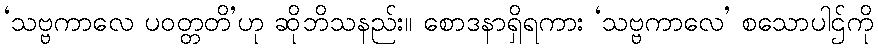
‘သဗ္ဗကာလေ ပဝတ္တတိ’ဟု ဆိုဘိသနည်း။ စောဒနာရှိရကား ‘သဗ္ဗကာလေ’ စသောပါဌ်ကို